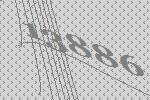
13886